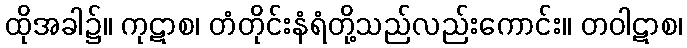
ထိုအခါ၌။ ကုဋာစ၊ တံတိုင်းနံရံတို့သည်လည်းကောင်း။ တဝါဋာစ၊